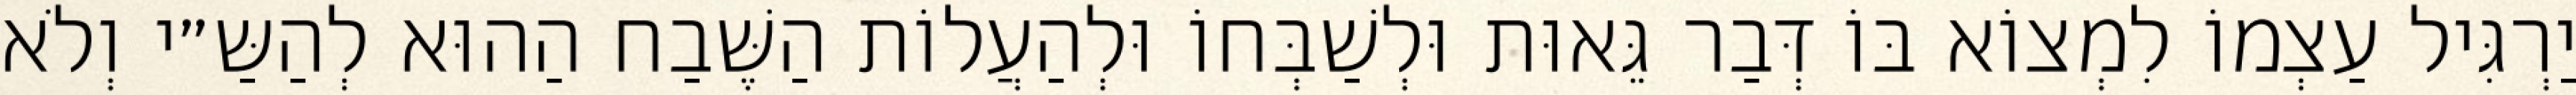
יַרְגִּיל עַצְמוֹ לִמְצוֹא בּוֹ דְּבַר גֵּאוּת וּלְשַׁבְּחוֹ וּלְהַעֲלוֹת הַשֶּׁבַח הַהוּא לְהַשַּ״י וְלֹא